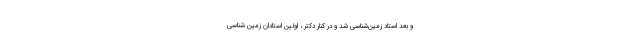
و بعد استاد زمین‌شناسی شد و در کنار دکتر ، اولین استادان زمین شناسی